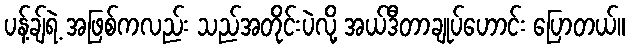
ပန့်ချ်ရဲ့ အဖြစ်ကလည်း သည်အတိုင်းပဲလို့ အယ်ဒီတာချုပ်ဟောင်း ပြောတယ်။